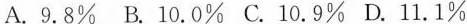
A.9.8% B.10.0% C.10.9% D.11.1%